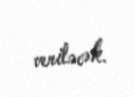
veriləcək.